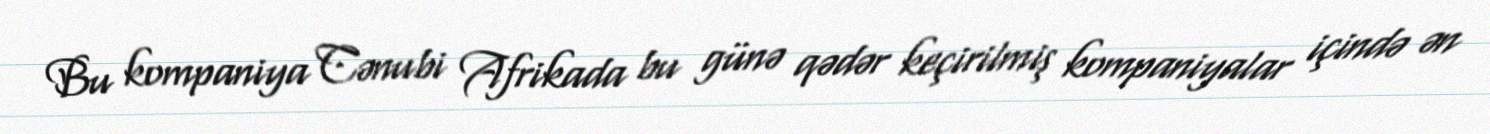
Bu kompaniya Cənubi Afrikada bu günə qədər keçirilmiş kompaniyalar içində ən